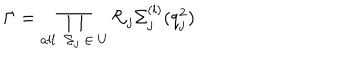
\Gamma = \prod _ { a l l \ \ \Sigma _ { j } \ \in \ U } \mathcal { R } _ { j } \Sigma _ { j } ^ { ( l ) } ( q _ { j } ^ { 2 } )